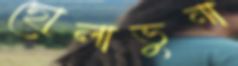
ছোলাভুনা